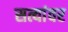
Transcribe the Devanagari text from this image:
सत्यांवर